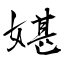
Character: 媅